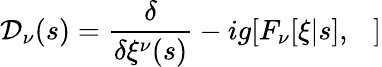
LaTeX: {\cal D}_{\nu}(s)=\frac{\delta}{\delta\xi^{\nu}(s)}-ig[F_{\nu}[\xi|s],\ \ \ ]